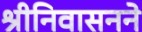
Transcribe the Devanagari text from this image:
श्रीनिवासनने